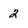
Character: 2